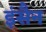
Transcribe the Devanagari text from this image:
इंसैन